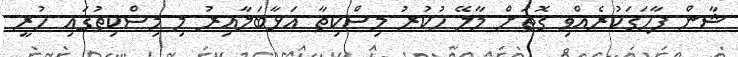
ޝާން ފާހަގަކުރެއްވި ގޮތަށް މާލޭ ހުކުރު މިސްކިތާ އަޅާބަލާއިރު މި މިސްކިތުގައި ހުރީ